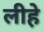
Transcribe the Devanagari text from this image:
लीहे